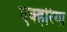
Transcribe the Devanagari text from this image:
एक्हरिया